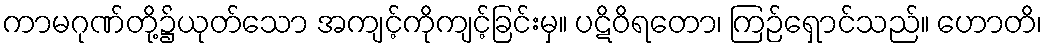
ကာမဂုဏ်တို့၌ယုတ်သော အကျင့်ကိုကျင့်ခြင်းမှ။ ပဋိဝိရတော၊ ကြဉ်ရှောင်သည်။ ဟောတိ၊